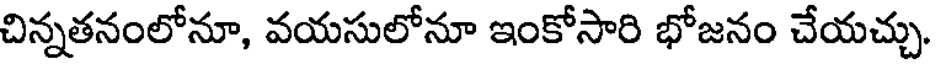
చిన్నతనంలోనూ, వయసులోనూ ఇంకోసారి భోజనం చేయచ్చు.